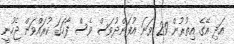
އަދި އޭގެ އިތުރުން 29 ވަނަ އުފަންދުވަސް ވެސް ފާހަގަ ކުރައްވަން ޖެހުނީ